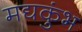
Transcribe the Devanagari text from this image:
मद्यकुंभ